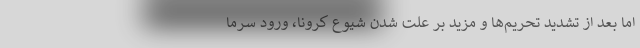
اما بعد از تشدید تحریم‌ها و مزید بر علت شدن شیوع کرونا، ورود سرما